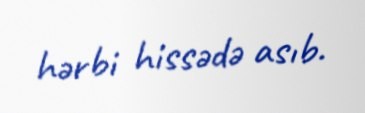
hərbi hissədə asıb.